Insane asylums in Bengal annual reports 1867-1875 - 1867-1875
Year: 1867
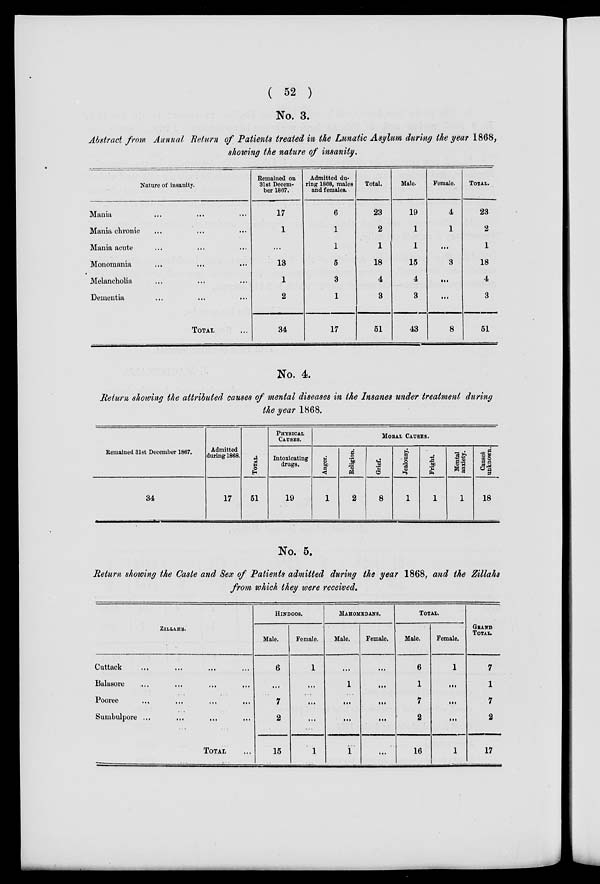
( 52 )
No. 3.
Abstract from Annual Return of Patients treated in the Lunatic Asylum during the year 1868,
showing the nature of insanity.
Nature of insanity.
Mania ... ... ...
Mania chronic ... ... ...
Mania acute ... ... ...
Monomania ... ... ...
Melancholia ... ... ...
Dementia ... ... ...
TOTAL ...
Remained on
31st Decem-
ber 1867.
17
1
...
13
1
2
34
Admitted du-
ring 1868, males
and females.
6
1
1
5
3
1
17
Total.
23
2
1
18
4
3
51
Male.
19
1
1
15
4
3
43
Female.
4
1
...
3
...
...
8
TOTAL.
23
2
1
18
4
3
51
No. 4.
Return showing the attributed causes of mental diseases in the Insanes under treatment during
the year 1868.
Remained 31st December 1867.
34
Admitted
during 1868.
17
TOTAL.
51
PHYSICAL
CAUSES.
Intoxicating
drugs.
19
MORAL CAUSES.
Anger.
1
Religion.
2
Grief.
8
Jealousy.
1
Fright.
1
Mental
anxiety.
1
Causes
unknown.
18
No. 5.
Return showing the Caste and Sex of Patients admitted during the year 1868, and the Zillahs
from which they were received.
ZILLAHS.
Cuttack ... ... ... ...
Balasore ... ... ... ...
Pooree ... ... ... ...
Sumbulpore ... ... ... ...
TOTAL ...
HINDOOS.
Male.
6
...
7
2
15
Female.
1
...
...
...
1
MAHOMEDANS.
Male.
...
1
...
...
1
Female.
...
...
...
...
...
TOTAL.
Male.
6
1
7
2
16
Female.
1
...
...
...
1
GRAND
TOTAL.
7
1
7
2
17